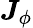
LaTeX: \boldsymbol{J}_{\phi}